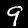
Label: 9